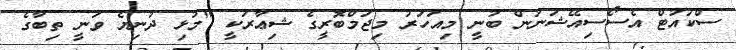
ސްކައުޓް އެސޯސިއޭޝަނުން ބުނީ މިއަހަރު މިޖަމްބޮރީގެ ޝިޢާރަކީ "މުޅި ދުނިޔެ ވަނީ ތިބާގެ